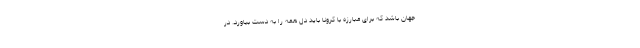
جهان باشد که برای مبارزه با کرونا باید دل همه را به دست بیاورد. در